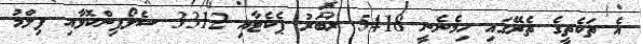
އެ ތަކެތީގެ ތެރޭގައި ހިމެނެނީ 5418 ރަބަރު ޕެކެޓާއި 3312 ސެލޯފިންކޮޅާއި ފިލްމު